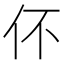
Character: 伓